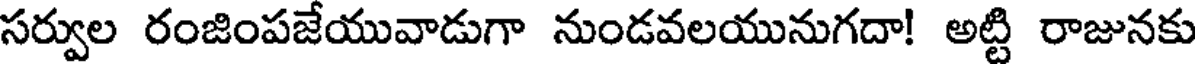
సర్వుల రంజింపజేయువాడుగా నుండవలయునుగదా! అట్టి రాజునకు